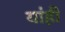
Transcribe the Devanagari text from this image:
यांही